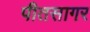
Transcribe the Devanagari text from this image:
पीतसागर